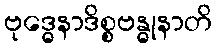
ဗုဒ္ဓေနာဒိစ္စဗန္ဓုနာတိ